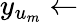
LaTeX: y_{u_{m}}\gets